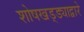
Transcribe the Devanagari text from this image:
शोषखड्ड्याद्वारे